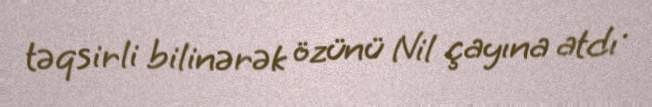
təqsirli bilinərək özünü Nil çayına atdı .